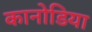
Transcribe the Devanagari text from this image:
कानोडिया